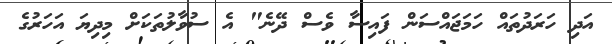
އަދި ހަރަދުތައް ހަމަޖައްސަން ފައިސާ ވެސް ދޭނެ" އެ ސުވާލުތަކަށް މިދިޔަ އަހަރުގެ